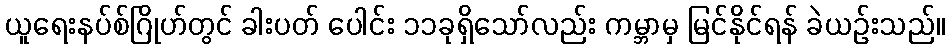
ယူရေးနပ်စ်ဂြိုဟ်တွင် ခါးပတ် ပေါင်း ၁၁ခုရှိသော်လည်း ကမ္ဘာမှ မြင်နိုင်ရန် ခဲယဉ်းသည်။